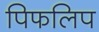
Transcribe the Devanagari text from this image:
पिफलिप